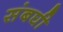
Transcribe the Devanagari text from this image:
संबघी